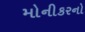
મોનીકરનો